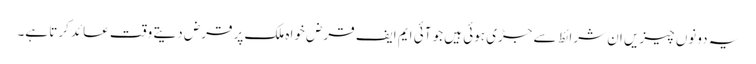
یہ دونوں چیزیں ان شرائط سے جڑی ہوئی ہیں جو آئی ایم ایف قرض خواہ ملک پر قرض دیتے وقت عائد کرتا ہے۔